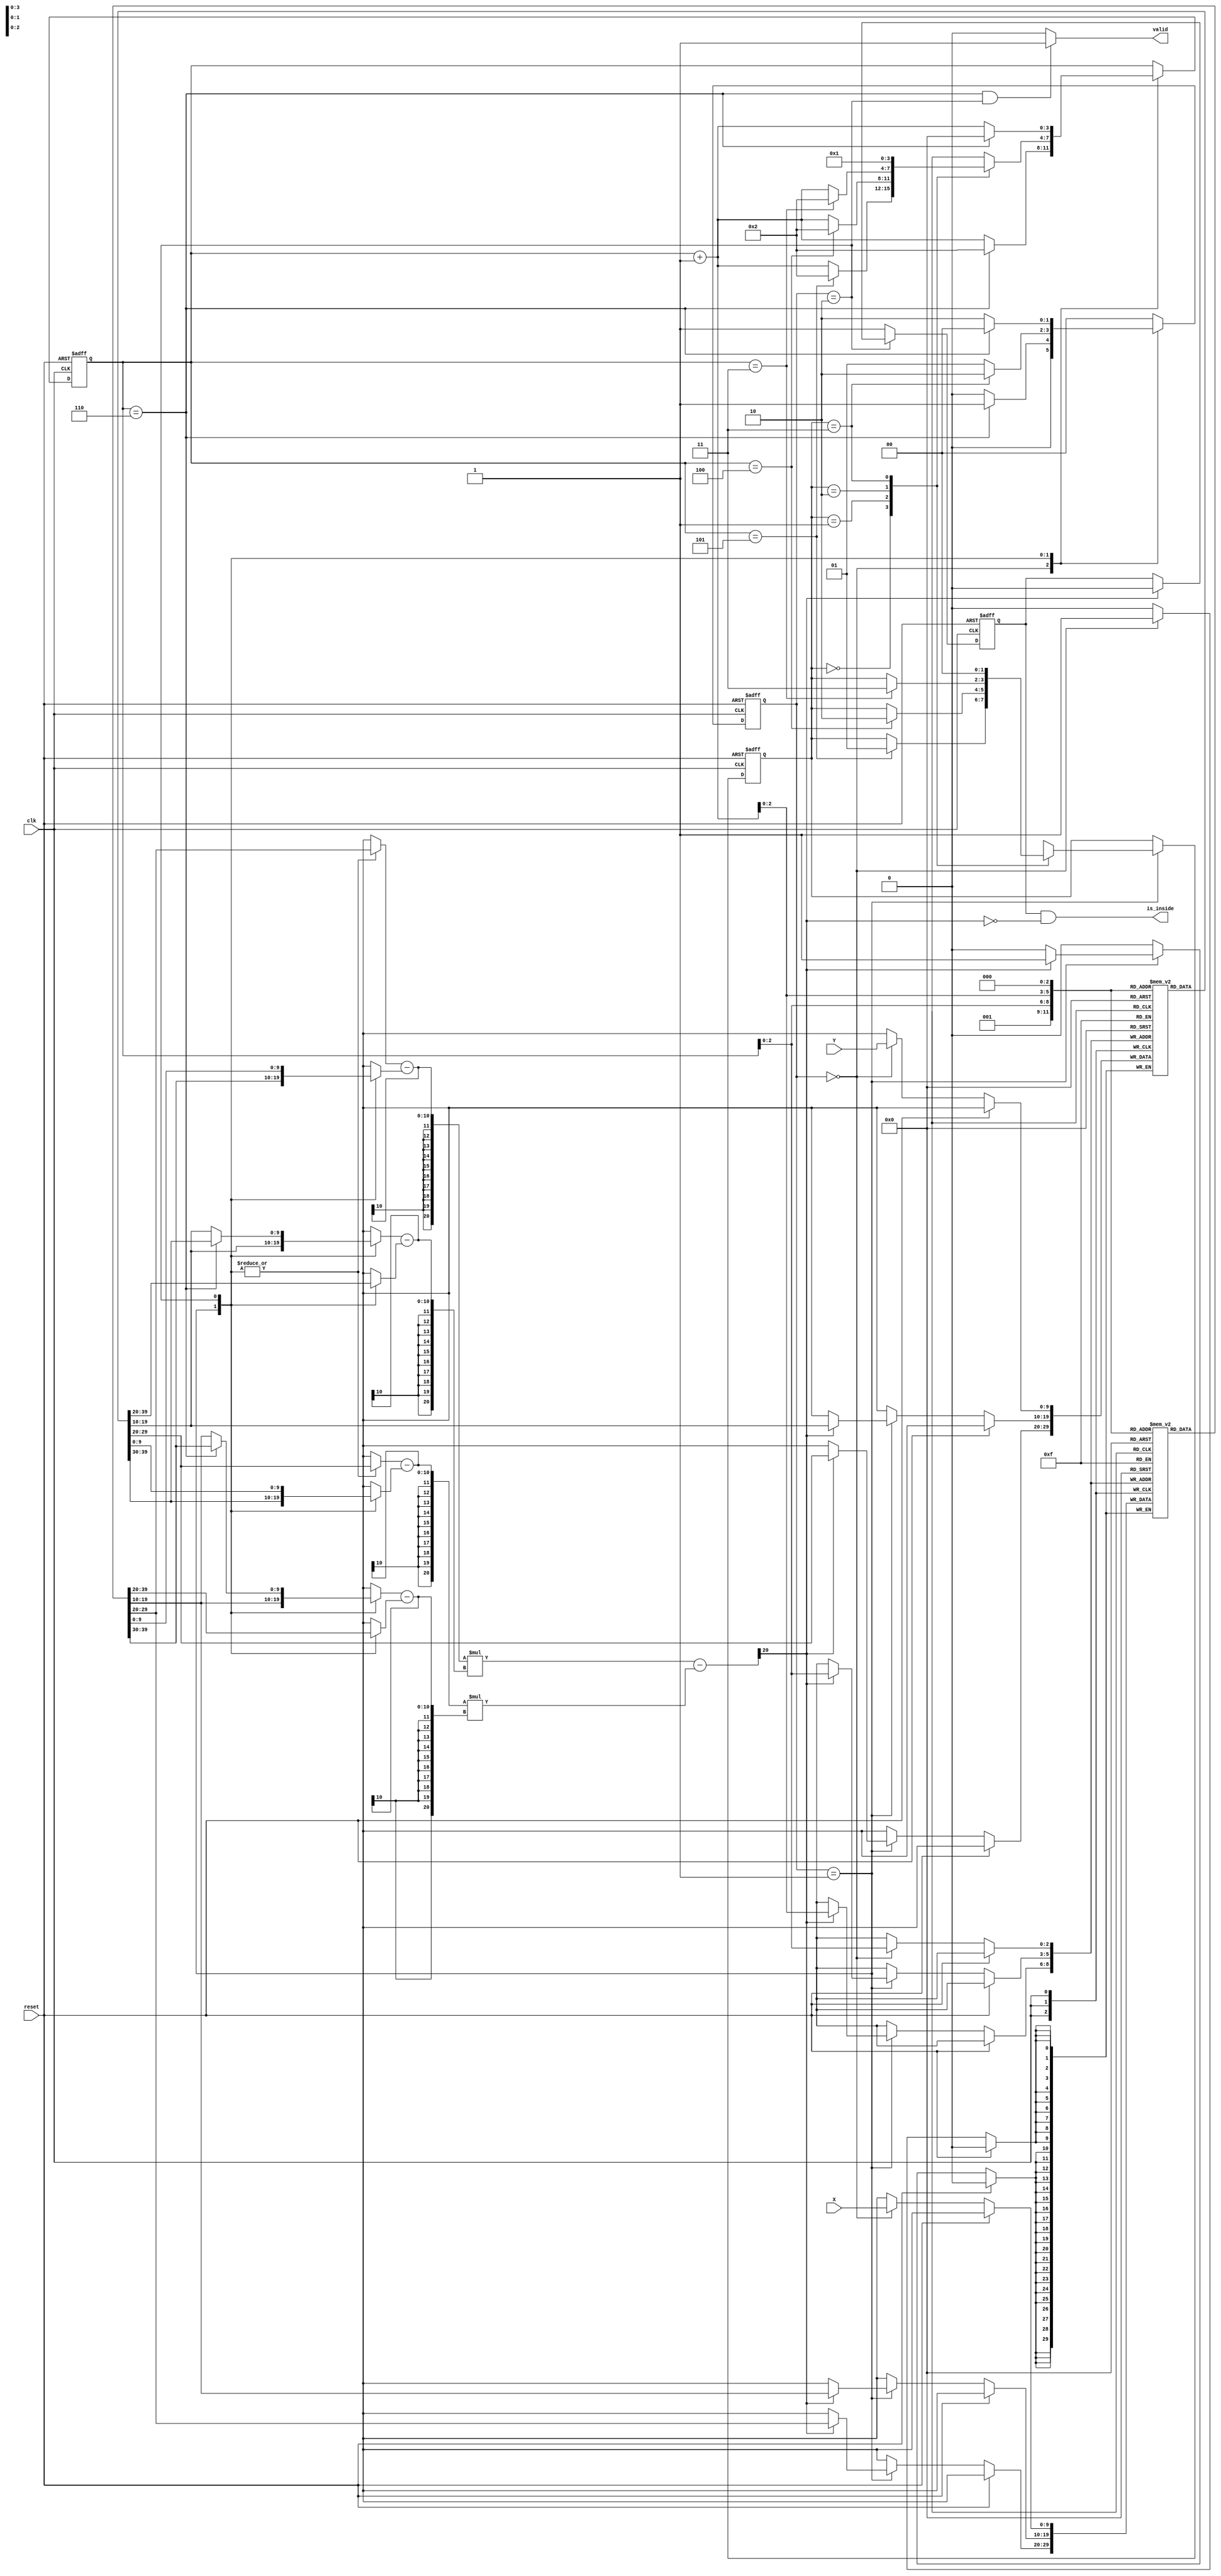
module geofence ( clk,reset,X,Y,valid,is_inside);
input clk;
input reset;
input [9:0] X;
input [9:0] Y;
output valid;
output is_inside;
// reg valid;
// reg is_inside;

parameter LOAD = 2'd0;
parameter SORT = 2'd1;
parameter CHECK = 2'd2;
//integer i;

reg [9:0] xi [0:6];
reg [9:0] yi [0:6];
reg [1:0] cs,ns;
reg in_reg;
reg [3:0] counter; 
reg [1:0] sorting_counter;
reg [9:0] x0, x1, x2, xb;
reg [9:0] y0, y1, y2, yb;
reg signed [20:0] temp1;
reg signed [20:0] temp2;
reg signed [20:0] cross_result;



wire counter_6 = (counter == 4'd6); 

assign valid = (counter_6 && cs == CHECK) ? 1'b1 : 1'b0;
assign is_inside = in_reg & (~cross_result[20]); // in_reg(past) was positive / cross_result(current) is positive 


//FSM
always @(posedge clk or posedge reset) begin
    if(reset) begin
        cs <= LOAD;
    end
    else begin
        cs <= ns;
    end
end

//next state logic
always @(*) begin
    case (cs)
        LOAD : ns = (counter_6) ? SORT : LOAD;
        SORT : ns = (sorting_counter == 2'd3) ? CHECK : SORT;
        CHECK : ns = (counter_6) ? LOAD : CHECK; 
        default: ns = LOAD;
    endcase
end

always @(posedge clk) begin
    // if (reset) begin
    //     for (i=0 ; i<7 ; i=i+1) begin
    //         xi[i] <= 10'd0;
    //         yi[i] <= 10'd0;
    //     end 
    // end
    //else begin
    if (!reset) begin
        case (cs)
            LOAD : begin
                xi[counter] <= X;
                yi[counter] <= Y;
            end
            SORT : begin
                if (cross_result[20]) begin
                    xi[counter] <= xi[counter + 4'd1];
                    xi[counter + 4'd1] <= xi[counter];
                    yi[counter] <= yi[counter + 4'd1];
                    yi[counter + 4'd1] <= yi[counter];
                end
            end
            // default: begin
            //     for (i=0 ; i<7 ; i=i+1) begin
            //         xi[i] <= xi[i];
            //         yi[i] <= yi[i];
            //     end
            // end 
        endcase
    end
    
end

always @(posedge clk or posedge reset) begin
    if (reset) begin
        in_reg <= 1'b1;
    end
    else if (cs == CHECK) begin
        in_reg <= (cross_result[20]) ? 1'b0 : in_reg;
    end
    else begin
        in_reg <= 1'b1;
    end
end

always @(posedge clk or posedge reset) begin
    if (reset) begin
        counter <= 4'd0;
        sorting_counter <= 2'd0;
    end
    else begin
        case (cs)
            LOAD : counter <= (counter_6) ? 4'd2 : counter + 4'd1;
            SORT : begin 
                case (sorting_counter) //bubble sort
                    2'd0 : begin 
                        counter <= (counter == 4'd5) ? 4'd2 : counter + 4'd1;
                        sorting_counter <= (counter == 4'd5) ? 2'd1 : sorting_counter;  //////
                    end
                    2'd1 : begin
                        counter <= (counter == 4'd4) ? 4'd2 : counter + 4'd1;
                        sorting_counter <= (counter == 4'd4) ? 2'd2 : sorting_counter;  //////
                    end
                    2'd2 : begin
                        counter <= (counter == 4'd3) ? 4'd2 : counter + 4'd1;
                        sorting_counter <= (counter == 4'd3) ? 2'd3 : sorting_counter;  //////
                    end
                    2'd3 : begin
                        counter <= 4'd1;
                        sorting_counter <= 2'd0;  //////
                    end
                endcase
            end
            CHECK : counter <= (counter_6) ? 4'd0 : counter + 4'd1;
            default : begin 
                counter <= counter;
                sorting_counter <= sorting_counter;
            end
        endcase
    end
end

//wire [2:0] counter_2 = counter + 4'd2;

always @(*) begin
    case (cs)
        // LOAD : begin
        //     x0 = 10'dx;
        //     x1 = 10'dx;
        //     x2 = 10'dx;
        //     xb = 10'dx;
        //     y0 = 10'dx;
        //     y1 = 10'dx;
        //     y2 = 10'dx;
        //     yb = 10'dx;
        // end 
        SORT : begin
            x0 = xi[1];
            x1 = xi[counter]; 
            x2 = xi[counter + 4'd1];
            xb = x0;                        //(x1-x0)(y2-y0)-(x2-x0)(y1-y0)
            y0 = yi[1];
            y1 = yi[counter];
            y2 = yi[counter + 4'd1];
            yb = y0;
        end
        CHECK : begin
            x0 = xi[0];
            x1 = xi[counter];
            x2 = (counter_6) ? xi[1] : xi[counter + 4'd1];
            xb = x1;                        //(x1-x0)(y2-y1)-(x2-x1)(y1-y0)
            y0 = yi[0];
            y1 = yi[counter];
            y2 = (counter_6) ? yi[1] : yi[counter + 4'd1];
            yb = y1;
        end
        default : begin
            x0 = 10'dx;
            x1 = 10'dx;
            x2 = 10'dx;
            xb = 10'dx;
            y0 = 10'dx;
            y1 = 10'dx;
            y2 = 10'dx;
            yb = 10'dx;
        end 
    endcase
end


//cross_result calculation
// always @(*) begin
//     temp1 = ($signed({1'b0,x1}) - $signed({1'b0,x0})) * ($signed({1'b0,y2}) - $signed({1'b0,yb}));
//     temp2 = ($signed({1'b0,y1}) - $signed({1'b0,y0})) * ($signed({1'b0,x2}) - $signed({1'b0,xb}));
//     cross_result = temp1 - temp2;
// end
always @(*) begin
    temp1 = ({1'b0,x1} - {1'b0,x0}) * ({1'b0,y2} - {1'b0,yb});
    temp2 = ({1'b0,y1} - {1'b0,y0}) * ({1'b0,x2} - {1'b0,xb});
    cross_result = temp1 - temp2;
end


endmodule